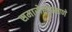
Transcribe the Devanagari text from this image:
समारोहाप्रमाणे